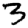
Digit: 3